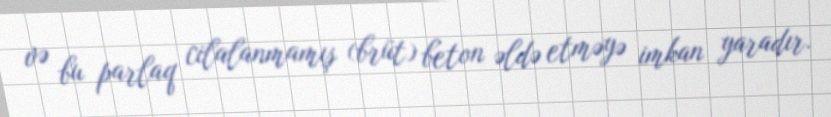
və bu parlaq cilalanmamış (brüt) beton əldə etməyə imkan yaradır.